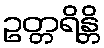
ဥတ္တရိန္တိ